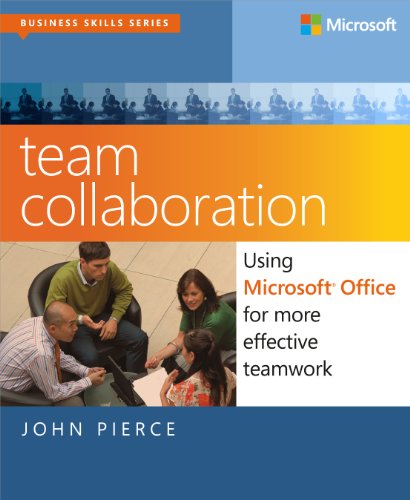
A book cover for Team Collaboration: Using Microsoft Office for More Effective Teamwork (Business Skills); John Pierce; Computers & Technology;